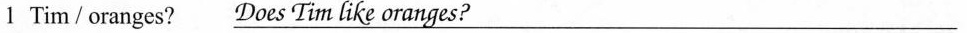
1 Tim/oranges? \underline{Does Tim like oranges?}